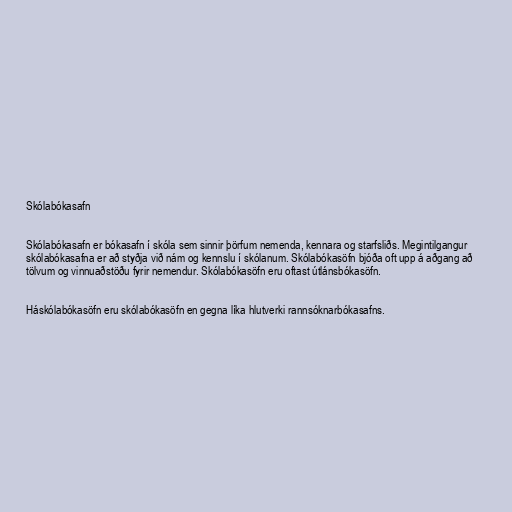
Skólabókasafn

Skólabókasafn er bókasafn í skóla sem sinnir þörfum nemenda, kennara og starfsliðs. Megintilgangur
skólabókasafna er að styðja við nám og kennslu í skólanum. Skólabókasöfn bjóða oft upp á aðgang að
tölvum og vinnuaðstöðu fyrir nemendur. Skólabókasöfn eru oftast útlánsbókasöfn.

Háskólabókasöfn eru skólabókasöfn en gegna líka hlutverki rannsóknarbókasafns.